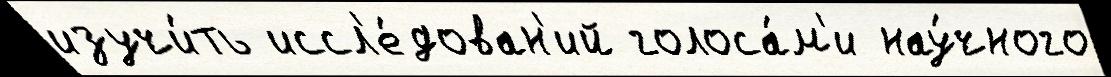
изучи́ть иссл'е́дован'ий голоса́м'и нау́чного